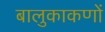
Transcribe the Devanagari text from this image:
बालुकाकणों